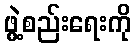
ဖွဲ့စည်းရေးကို